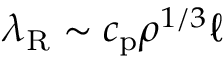
\lambda _ { \mathrm { R } } \sim c _ { \mathrm { p } } \rho ^ { 1 / 3 } \ell